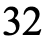
32